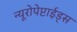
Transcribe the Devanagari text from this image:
न्यूरोपेप्टाईड्स